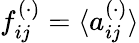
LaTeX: f_{ij}^{(\cdot)}=\langle a_{ij}^{(\cdot)}\rangle